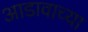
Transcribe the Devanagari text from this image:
आडावाच्या